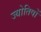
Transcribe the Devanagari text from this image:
ज्योतिषों